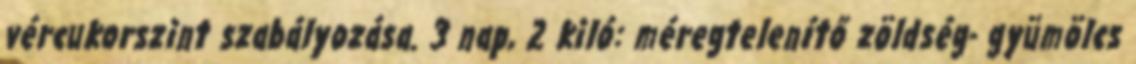
vércukorszint szabályozása. 3 nap, 2 kiló: méregtelenítő zöldség- gyümölcs